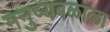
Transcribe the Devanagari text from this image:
मनुष्यबळाला